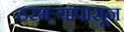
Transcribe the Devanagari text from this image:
हरभऱ्यापासून